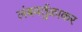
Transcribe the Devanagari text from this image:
लंबवर्तुळाकर